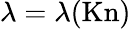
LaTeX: \lambda=\lambda(\textrm{Kn})